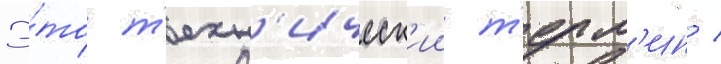
Э́то т'ехн'ическ'ии т'ерм'ин /